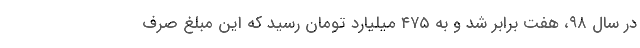
در سال ۹۸، هفت برابر شد و به ۴۷۵ میلیارد تومان رسید که این مبلغ صرف